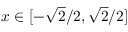
x \in [ - { \sqrt { 2 } } / 2 , { \sqrt { 2 } } / 2 ]